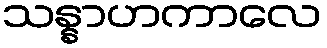
သန္နာဟကာလေ